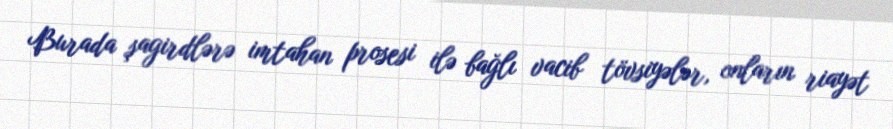
Burada şagirdlərə imtahan prosesi ilə bağlı vacib tövsiyələr, onların riayət